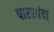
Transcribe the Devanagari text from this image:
पारशांचा